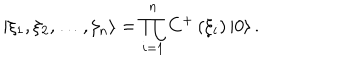
LaTeX: \left| \xi _ { 1 } , \xi _ { 2 } , \ldots , \xi _ { n } \right\rangle = \prod _ { i = 1 } ^ { n } C ^ { + } \left( \xi _ { i } \right) \left| 0 \right\rangle .